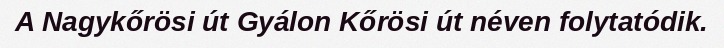
A Nagykőrösi út Gyálon Kőrösi út néven folytatódik.